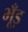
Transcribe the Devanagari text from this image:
भूँड़